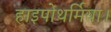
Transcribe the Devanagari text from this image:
हाइपोथर्मिया।